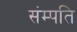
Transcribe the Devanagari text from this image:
संम्पति